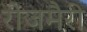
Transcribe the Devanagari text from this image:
रोजमैरी